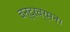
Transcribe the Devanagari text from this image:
चन्द्रवर्मन।